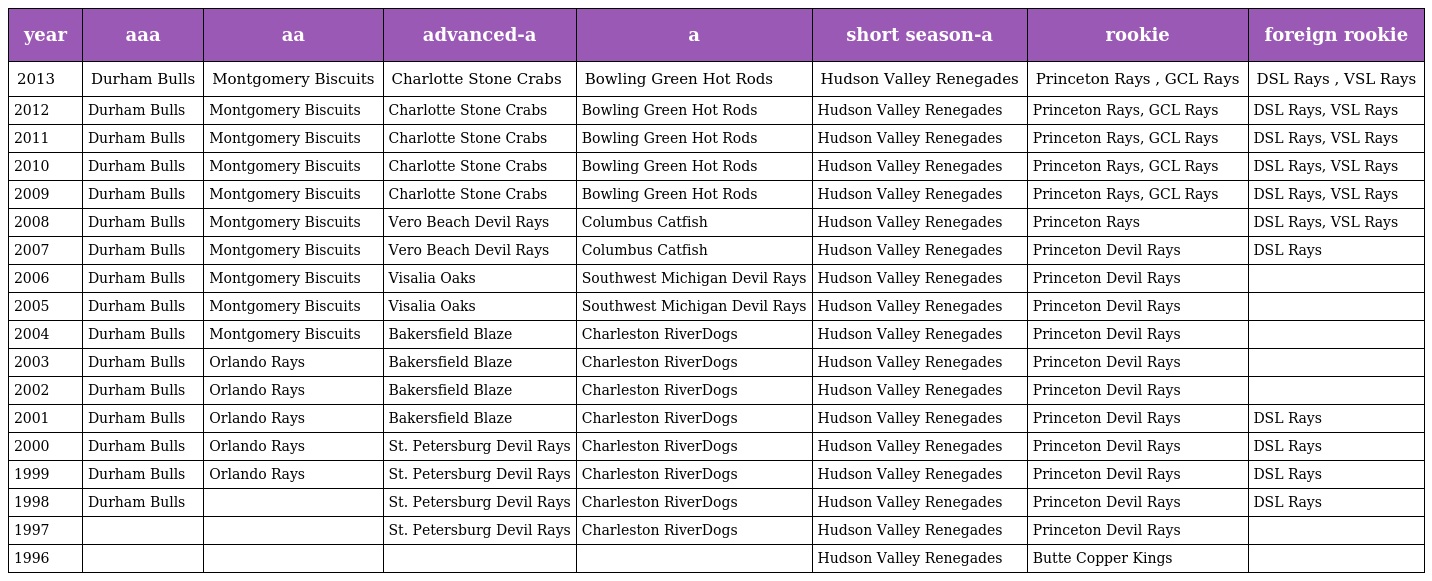
| year | aaa | aa | advanced-a | a | short season-a | rookie | foreign rookie |
 | --- | --- | --- | --- | --- | --- | --- | --- |
 | 2013 | Durham Bulls | Montgomery Biscuits | Charlotte Stone Crabs | Bowling Green Hot Rods | Hudson Valley Renegades | Princeton Rays , GCL Rays | DSL Rays , VSL Rays |
 | 2012 | Durham Bulls | Montgomery Biscuits | Charlotte Stone Crabs | Bowling Green Hot Rods | Hudson Valley Renegades | Princeton Rays, GCL Rays | DSL Rays, VSL Rays |
 | 2011 | Durham Bulls | Montgomery Biscuits | Charlotte Stone Crabs | Bowling Green Hot Rods | Hudson Valley Renegades | Princeton Rays, GCL Rays | DSL Rays, VSL Rays |
 | 2010 | Durham Bulls | Montgomery Biscuits | Charlotte Stone Crabs | Bowling Green Hot Rods | Hudson Valley Renegades | Princeton Rays, GCL Rays | DSL Rays, VSL Rays |
 | 2009 | Durham Bulls | Montgomery Biscuits | Charlotte Stone Crabs | Bowling Green Hot Rods | Hudson Valley Renegades | Princeton Rays, GCL Rays | DSL Rays, VSL Rays |
 | 2008 | Durham Bulls | Montgomery Biscuits | Vero Beach Devil Rays | Columbus Catfish | Hudson Valley Renegades | Princeton Rays | DSL Rays, VSL Rays |
 | 2007 | Durham Bulls | Montgomery Biscuits | Vero Beach Devil Rays | Columbus Catfish | Hudson Valley Renegades | Princeton Devil Rays | DSL Rays |
 | 2006 | Durham Bulls | Montgomery Biscuits | Visalia Oaks | Southwest Michigan Devil Rays | Hudson Valley Renegades | Princeton Devil Rays |  |
 | 2005 | Durham Bulls | Montgomery Biscuits | Visalia Oaks | Southwest Michigan Devil Rays | Hudson Valley Renegades | Princeton Devil Rays |  |
 | 2004 | Durham Bulls | Montgomery Biscuits | Bakersfield Blaze | Charleston RiverDogs | Hudson Valley Renegades | Princeton Devil Rays |  |
 | 2003 | Durham Bulls | Orlando Rays | Bakersfield Blaze | Charleston RiverDogs | Hudson Valley Renegades | Princeton Devil Rays |  |
 | 2002 | Durham Bulls | Orlando Rays | Bakersfield Blaze | Charleston RiverDogs | Hudson Valley Renegades | Princeton Devil Rays |  |
 | 2001 | Durham Bulls | Orlando Rays | Bakersfield Blaze | Charleston RiverDogs | Hudson Valley Renegades | Princeton Devil Rays | DSL Rays |
 | 2000 | Durham Bulls | Orlando Rays | St. Petersburg Devil Rays | Charleston RiverDogs | Hudson Valley Renegades | Princeton Devil Rays | DSL Rays |
 | 1999 | Durham Bulls | Orlando Rays | St. Petersburg Devil Rays | Charleston RiverDogs | Hudson Valley Renegades | Princeton Devil Rays | DSL Rays |
 | 1998 | Durham Bulls |  | St. Petersburg Devil Rays | Charleston RiverDogs | Hudson Valley Renegades | Princeton Devil Rays | DSL Rays |
 | 1997 |  |  | St. Petersburg Devil Rays | Charleston RiverDogs | Hudson Valley Renegades | Princeton Devil Rays |  |
 | 1996 |  |  |  |  | Hudson Valley Renegades | Butte Copper Kings |  |